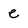
Character: e